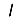
Digit: 1